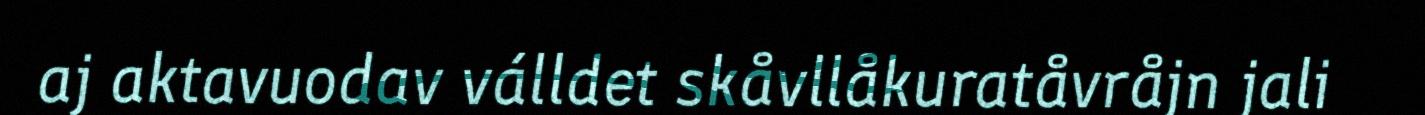
aj aktavuodav válldet skåvllåkuratåvråjn jali